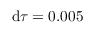
\mathrm { d } \tau = 0 . 0 0 5